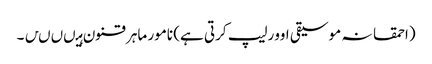
(احمقانہ موسیقی اوورلیپ کرتی ہے) نامور ماہر قنون ہیںںںں۔